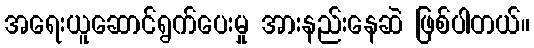
အရေးယူဆောင်ရွက်ပေးမှု အားနည်းနေဆဲ ဖြစ်ပါတယ်။